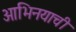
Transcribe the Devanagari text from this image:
आभिनयाची